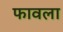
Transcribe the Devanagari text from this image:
फावला